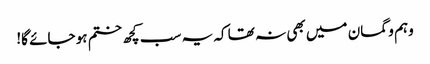
وہم و گمان میں بھی نہ تھا کہ یہ سب کچھ ختم ہو جائے گا!